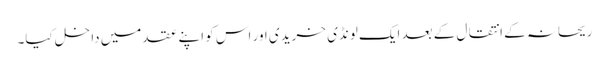
ریحانہ کے انتقال کے بعد ایک لونڈی خریدی اور اس کو اپنے عقد میں داخل کیا۔